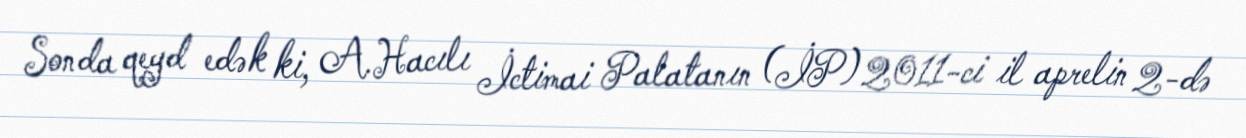
Sonda qeyd edək ki, A.Hacılı İctimai Palatanın (İP) 2011-ci il aprelin 2-də